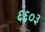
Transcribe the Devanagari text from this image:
६६०३